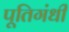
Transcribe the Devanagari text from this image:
पूतिगंधी